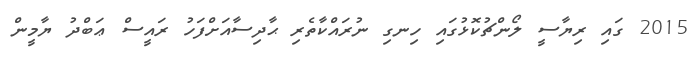
2015 ގައި ރިޔާސީ ލޯންޗުކޮޅުގައި ހިނގި ނުރައްކާތެރި ޙާދިސާއަށްފަހު ރައީސް ޢަބްދު ޔާމީން